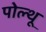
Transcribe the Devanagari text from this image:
पोल्थू